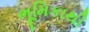
ભૂમિકાથી